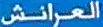
العرانش